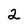
Character: 2